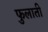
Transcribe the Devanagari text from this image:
फुलाती